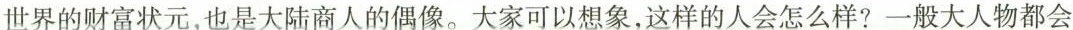
世界的财富状元，也是大陆商人的偶像。大家可以想象，这样的人会怎么样?一般大人物都会